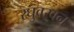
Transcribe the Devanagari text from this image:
रघुवरवन